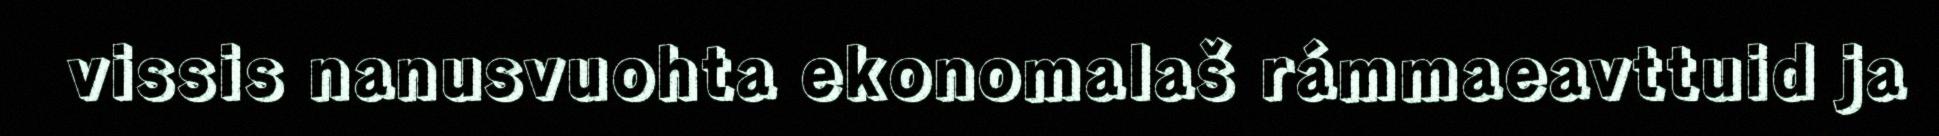
vissis nanusvuohta ekonomalaš rámmaeavttuid ja